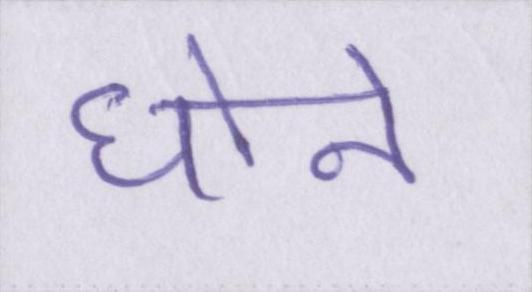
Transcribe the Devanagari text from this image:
धोने